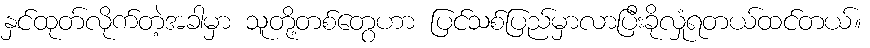
နှင်ထုတ်လိုက်တဲ့အခါမှာ သူတို့တစ်တွေဟာ ပြင်သစ်ပြည်မှာလာပြီးခိုလှုံရတယ်ထင်တယ်။